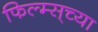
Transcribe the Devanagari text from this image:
फिल्म्स्‌च्या